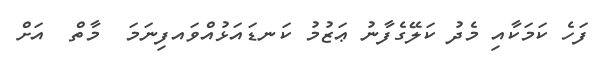
ފަހެ ކަމަކާއި މެދު ކަލޭގެފާނު ޢަޒުމު ކަނޑައަޅުއްވައފިނަމަ  މާތް  އަށް